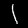
Digit: 1